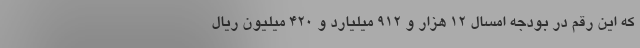
که این رقم در بودجه امسال ۱۲ هزار و ۹۱۲ میلیارد و ۴۲۰ میلیون ریال